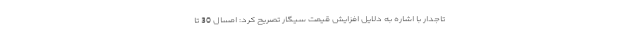
تاجدار با اشاره به دلایل افزایش قیمت سیگار تصریح کرد: امسال 30 تا